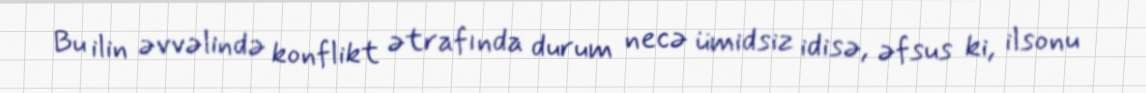
Bu ilin əvvəlində konflikt ətrafında durum necə ümidsiz idisə, əfsus ki, ilsonu